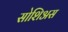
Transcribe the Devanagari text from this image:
सोशिअस